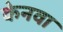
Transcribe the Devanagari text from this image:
केनवा